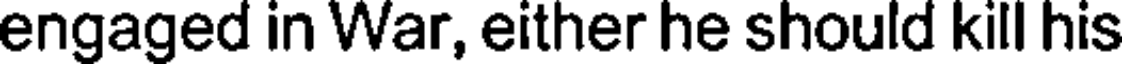
engaged in War, either he should kill his